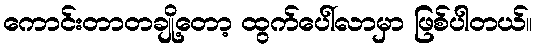
ကောင်းတာတချို့တော့ ထွက်ပေါ်လာမှာ ဖြစ်ပါတယ်။